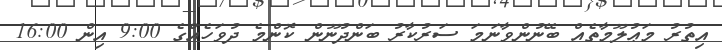
އިތުރު މަޢުލޫމާތެއް ބޭނުންވާނަމަ ސަރުކާރު ބަންދުނޫން ކޮންމެ ދުވަހެއްގެ 9:00 އިން 16:00